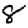
Digit: 8